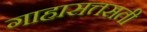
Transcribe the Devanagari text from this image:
गाहासत्तसती